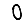
Digit: 0